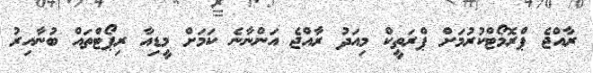
ރާއްޖެ ޕްރޮމޯޓްކުރުމަށް ޕްރަތީކް މިއަދު ރާއްޖެ އަންނާނެ ކަމަށް މީޑިއާ ރިޕޯޓްތައް ބުނާއިރު